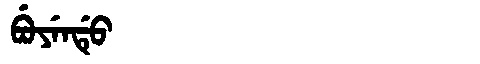
Manchu: ᠪᡠᠶᡝᠨᡩᡠ
Romanization: BUYENDU